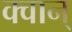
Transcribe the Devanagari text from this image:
क्वान्